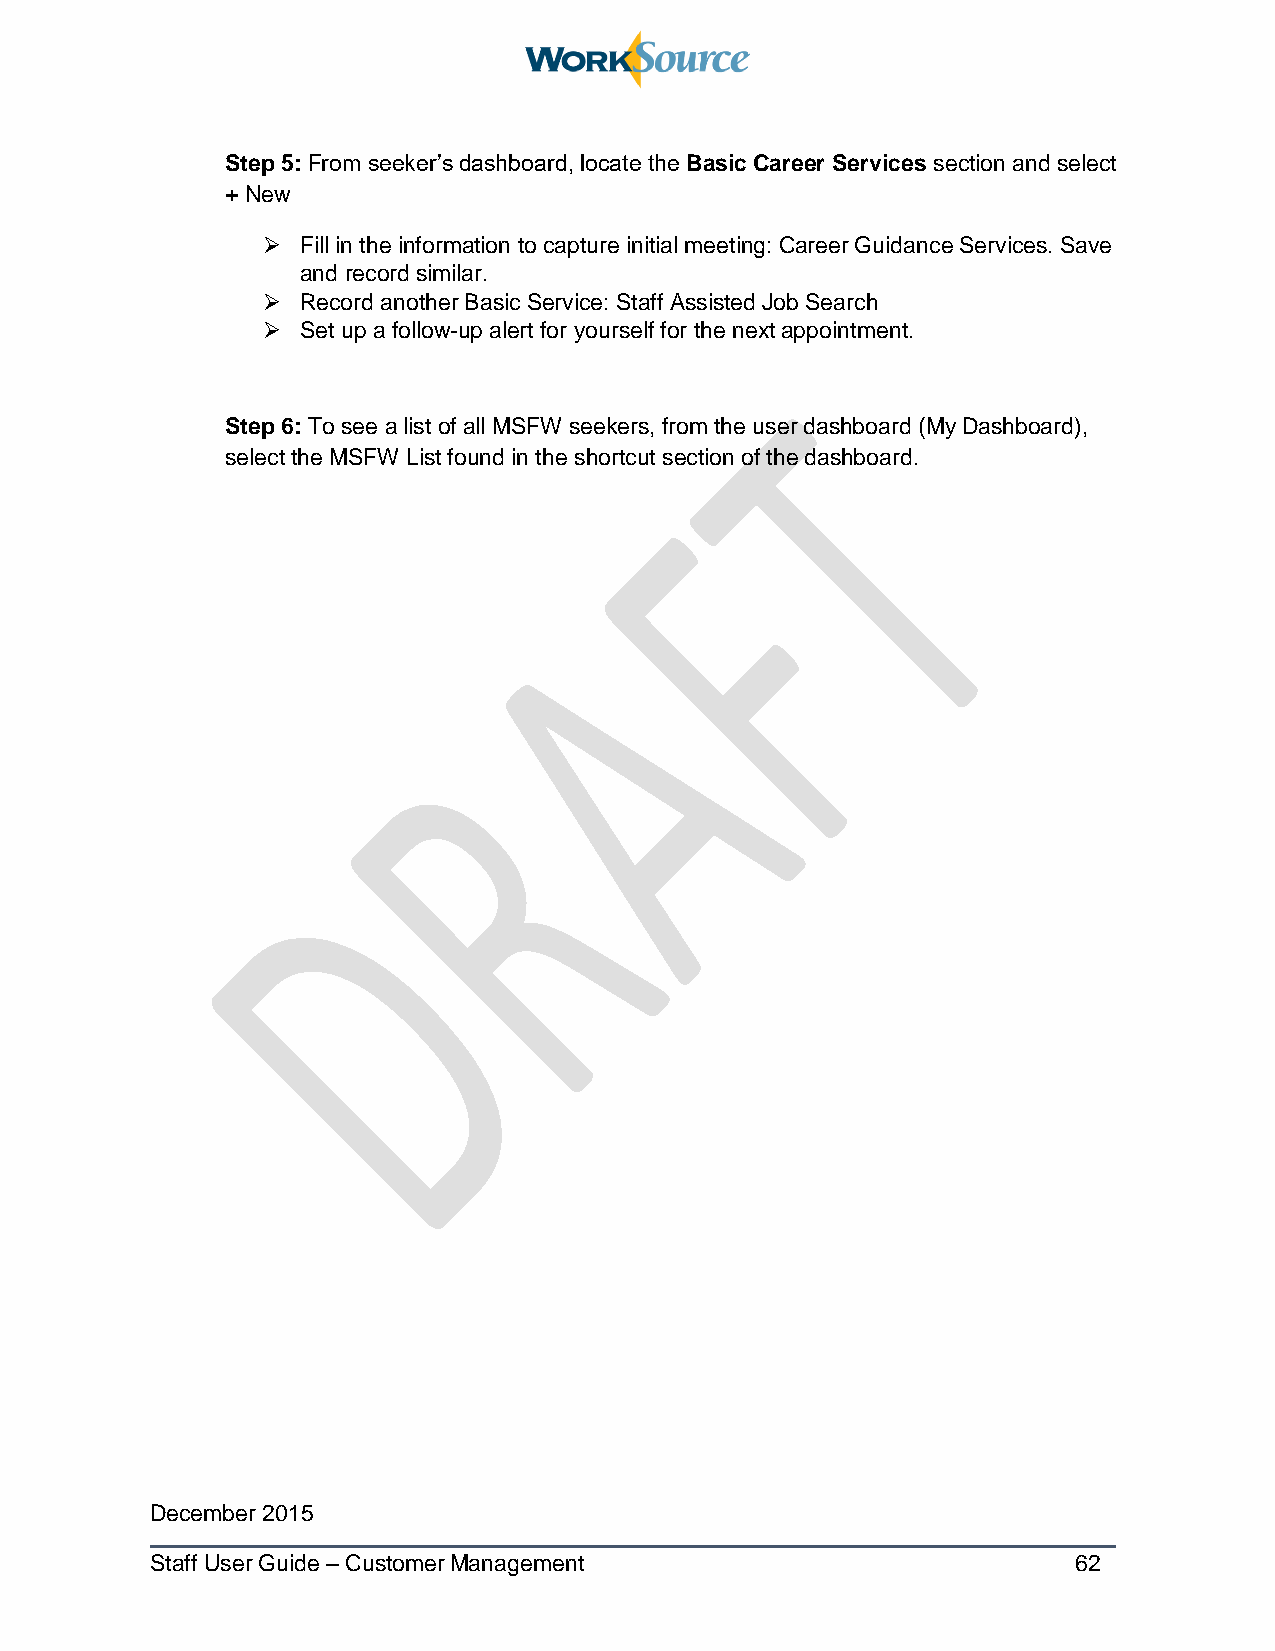
Step 5: From seeker’s dashboard, locate the Basic Career Services section and select
 + New
   Fill in the information to capture initial meeting: Career Guidance Services. Save
 and record similar.
   Record another Basic Service: Staff Assisted Job Search
   Set up a follow-up alert for yourself for the next appointment.
 Step 6: To see a list of all MSFW seekers, from the user dashboard (My Dashboard),
 select the MSFW List found in the shortcut section of the dashboard.
 December 2015
 Staff User Guide – Customer Management                       62